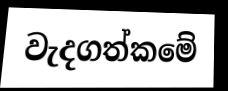
වැදගත්කමේ